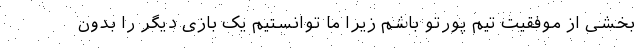
بخشی از موفقیت تیم پورتو باشم زیرا ما توانستیم یک بازی دیگر را بدون